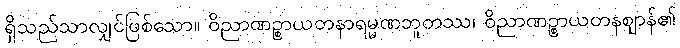
ရှိသည်သာလျှင်ဖြစ်သော။ ဝိညာဏဉ္စာယတနာရမ္မဏဘူတဿ၊ ဝိညာဏဉ္စာယတနဈာန်၏